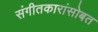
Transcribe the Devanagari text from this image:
संगीतकारांसोबत